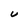
Character: U